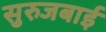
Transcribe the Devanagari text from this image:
सुरुजबाई